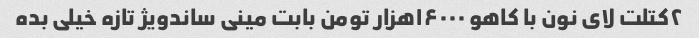
۲کتلت لای نون با کاهو ۱۶۰۰۰هزار تومن بابت مینی ساندویژ تازه خیلی بده